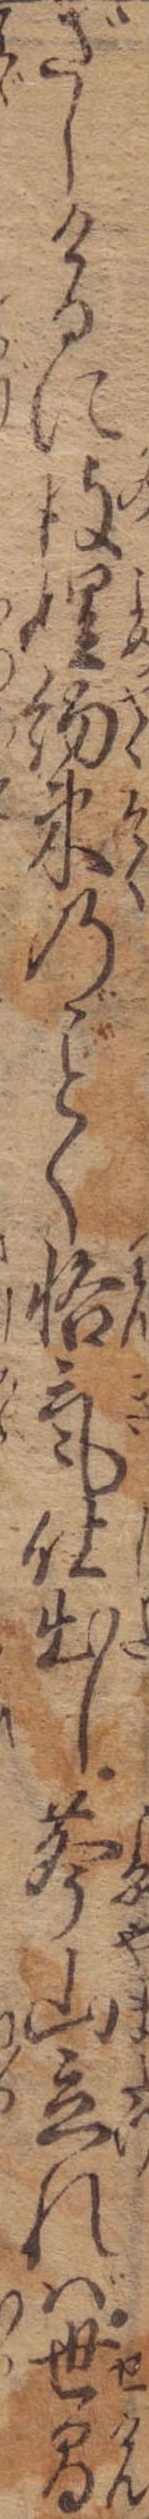
ざしけるに彼娌約束のく悋気仕出し声山立れば世間